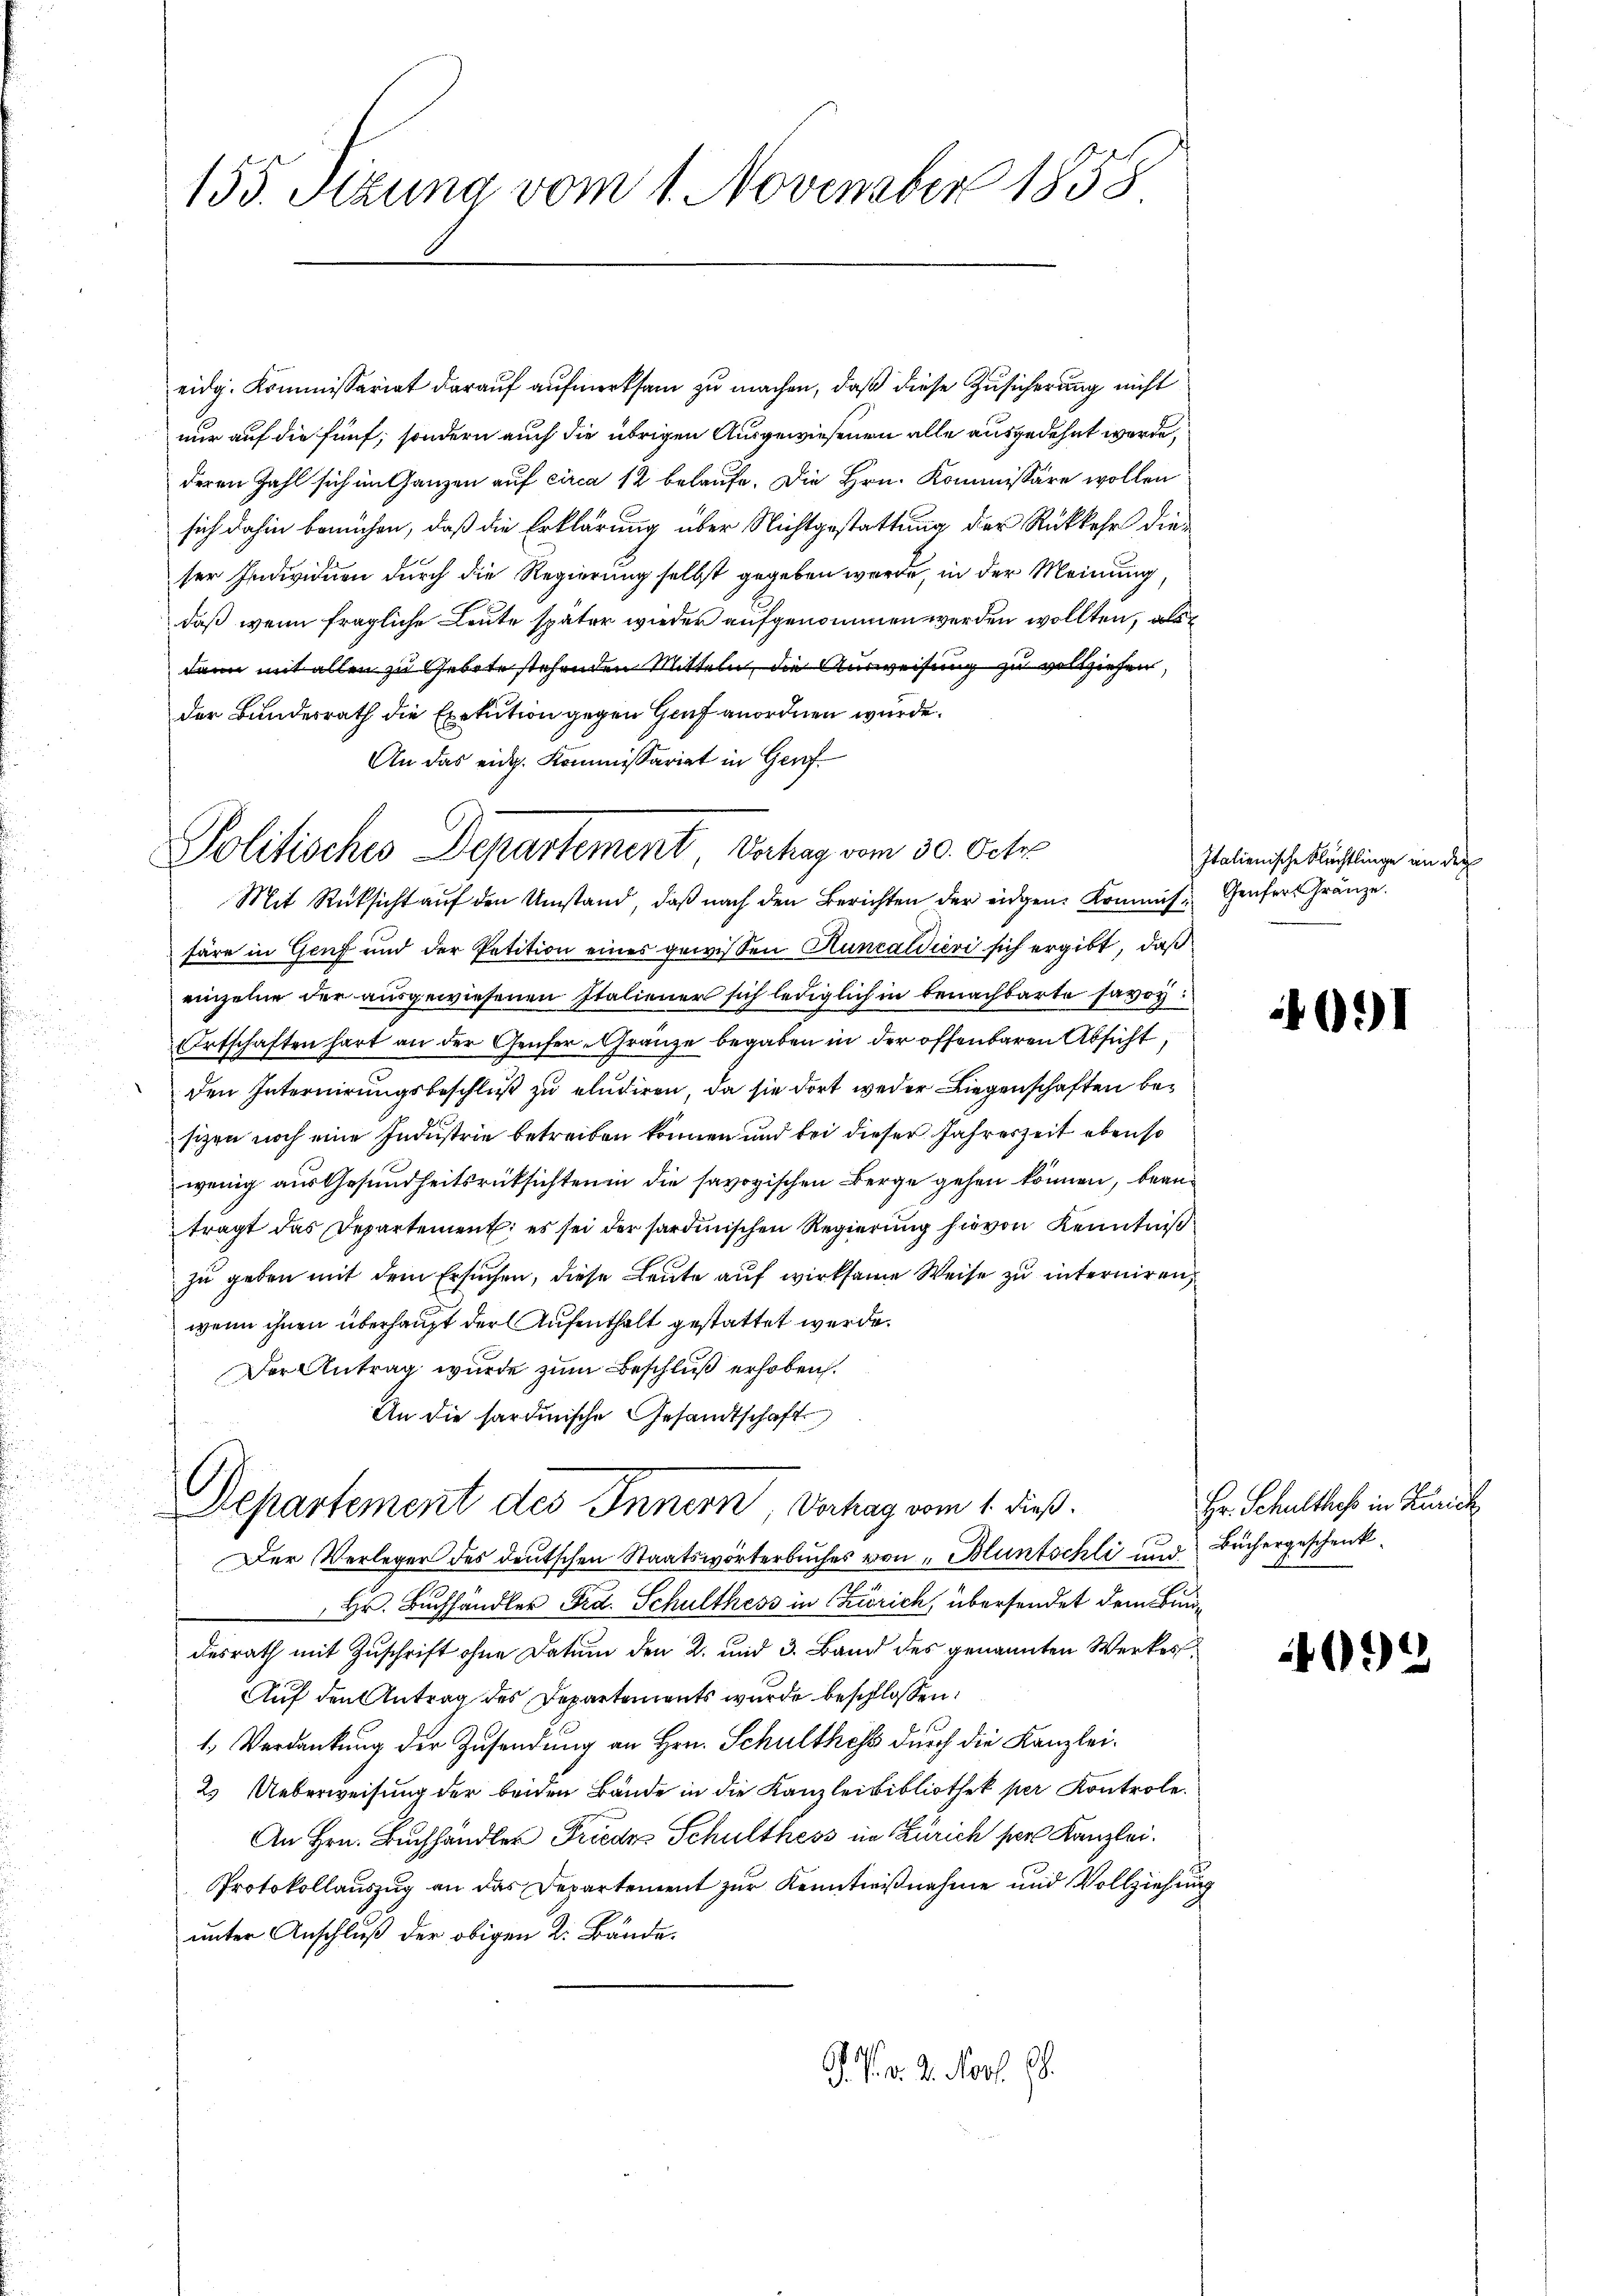
155. Sezung vom 1. November 1858

Politisches Departement Verhag vom 30. Octo

eidg. Kommissariat darauf aufmerksam zu machen, daß diese Zusicherung nicht
nur auf die fünf, sondern auch die übrigen Ausgewiesenen alle ausgedehnt werde,
deren Zahl sich im Ganzen auf circa 12 belaufe. Die Hrn. Kommissäre wollen
sich dahin bemühen, daß die Erklärung über Nichtgestattung der Rückkehr dieser Individuen durch die Regierung selbst gegeben werde, in der Meinung
daß wenn fragliche Leute später wieder aufgenommen werden wollten, als
dann mit allen zu Gebote stehenden Mitteln, die Ausweisung zu vollziehen,
der Bundesrath die Exekution gegen Genf anordnen wurde.
An das eidg. Kommissariat in Genf
Mit Rücksicht auf den Umstand, daß nach den Berichten der eidgen. Kommis Genfers Gränze.
färe in Genf und der Petition eines gewissen Huncaldieri sich ergibt, daß
einzelne der ausgewiesenen Italiener sich lediglich in benachbarte savoy
Ortschaften hart an der Genfer-Granze begaben in der offenbaren Absicht
den Internirungsbeschluß zu eludiren, da sie dort weder Liegenschaften besizen noch eine Industrie betreiben können und bei dieser Jahreszeit ebenso
wenig aus Gesundheitsrücksichten in die savoyischen Berge gehen können, beanträgt das Departement: es sei der sardinischen Regierung hievon Kenntniß
zu geben mit dem Ersuchen, diese Leute auf wirksame Weise zu interniren,
wenn ihnen überhaupt der Aufenthalt gestattet werde.
Der Antrag wurde zum Beschluß erhoben.
An die sardinische Gesandtschaft
Departement des Innern, Verhag vom 1. dieß.
Der Verleger des deutschen Staatswörterbuches von Muntschli und Büchergeschenk¬
 Hr. Buchhändler Ord. Schulthess in Zürich, übersendet dem Bundesrath mit Zuschrift ohne Datum den 2. und 3. Band des genannten Werkes
Auf den Antrag des Departements wurde beschlossen:
1.) Verdankung der Zusendung an Hrn. Schulthess durch die Kanzlei-
2. Ueberweisung der beiden Bände in die Kanzlei Bibliothek per Kontrole.
An Hrn. Buchhändler Friedes Schulthess in Zürich sei Kanzlei.
Protokollauszug an das Departement zur Kenntnißnahme und Vollziehung
unter Anschluß der obigen K. Bände.
J. P. d. 2. Nov. 8.

Italienische Flüchtlinge an der

1091

Hr. Schulthes in Zürich

09